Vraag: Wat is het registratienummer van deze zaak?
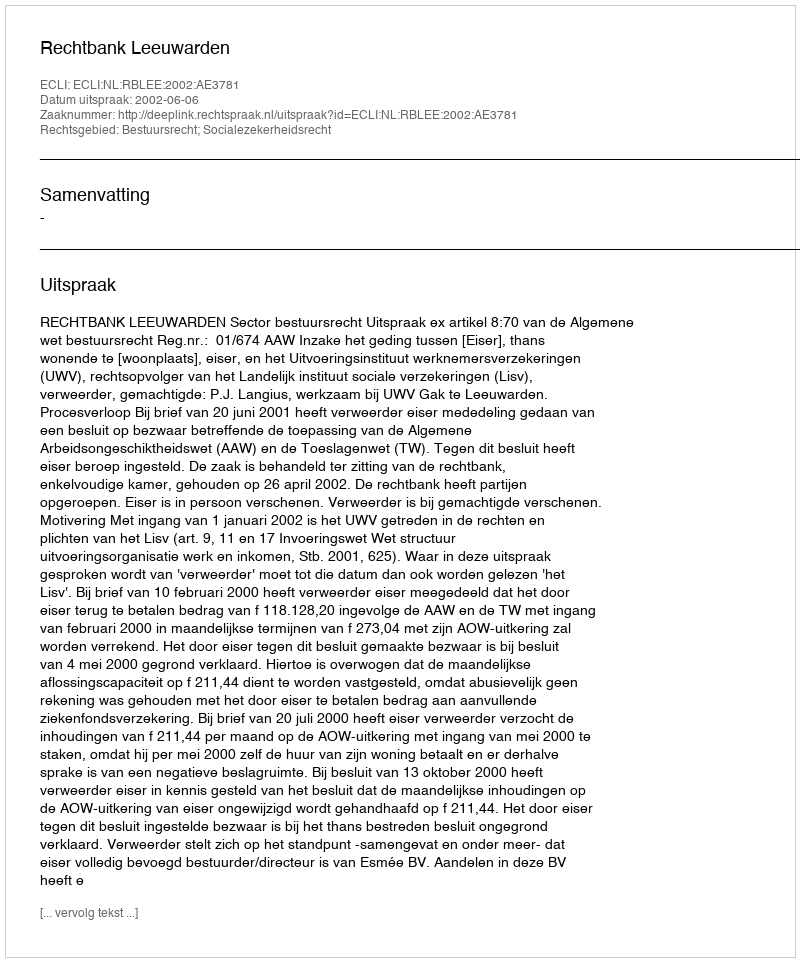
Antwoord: http://deeplink.rechtspraak.nl/uitspraak?id=ECLI:NL:RBLEE:2002:AE3781